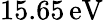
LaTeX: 15.65\, \mathrm{eV}